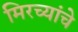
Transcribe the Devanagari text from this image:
मिरच्यांचे